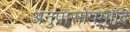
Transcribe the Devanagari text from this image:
अनुप्रासोपमादि